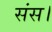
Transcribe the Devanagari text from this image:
संस।